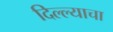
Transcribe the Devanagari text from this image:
दिल्ल्याचा